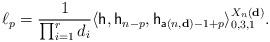
LaTeX: \begin{align*}\ell_p=\frac{1}{\prod_{i=1}^{r}d_i}\langle \mathsf{h},\mathsf{h}_{n-p},\mathsf{h}_{\mathsf{a}(n,\mathbf{d})-1+p}\rangle_{0,3,1}^{X_{n}(\mathbf{d})}. \end{align*}